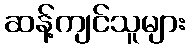
ဆန့်ကျင်သူများ